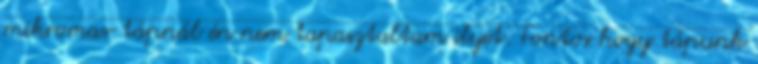
mikromax tápnál én nem tapasztaltam ilyet. Fontos hogy tápunk